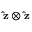
\mathbf { \hat { z } } \otimes \mathbf { \hat { z } }